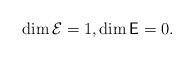
LaTeX: \begin{align*}\dim\mathcal E=1,\dim\mathsf E=0.\end{align*}